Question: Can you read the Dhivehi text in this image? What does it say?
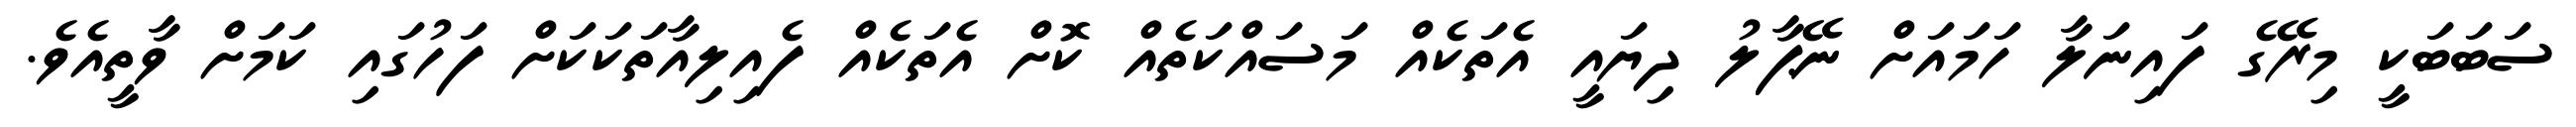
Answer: ސަބަބަކީ މިރޭގެ ފައިނަލާ ހަމައަށް ނޭޕާލު ދިޔައީ އެތަކެއް މަސައްކަތެއް ކޮށް އެތަކެއް ފެއިލިއާތަކަކަށް ފަހުގައި ކަމަށް ވާތީއެވެ.